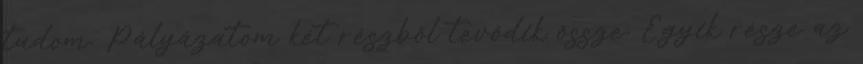
tudom. Pályázatom két részből tevődik össze. Egyik része az